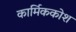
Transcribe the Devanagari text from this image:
कार्मिककोश